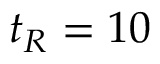
t _ { R } = 1 0